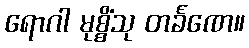
ရောဂါ မုစ္စိံသု တင်္ခဏေ။